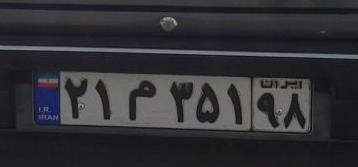
۲۱م۳۵۱۹۸